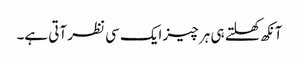
آنکھ کھلتے ہی ہر چیز ایک سی نظر آتی ہے۔